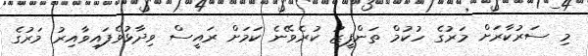
މި ސަރުކާރަަށް މަރުގެ ހުކުމް ތަންފީޒު ކުރެވޭނެ ކަމަށް ރައީސް ވިދާޅުވެފައިވާއިރު މަރުގެ